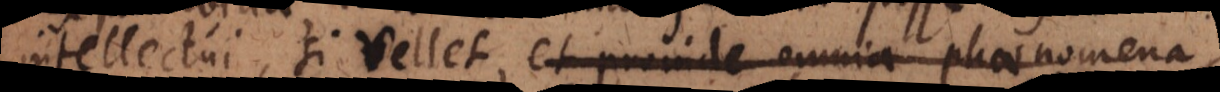
intellectui, si vellet, et proinde omnia phaenomena